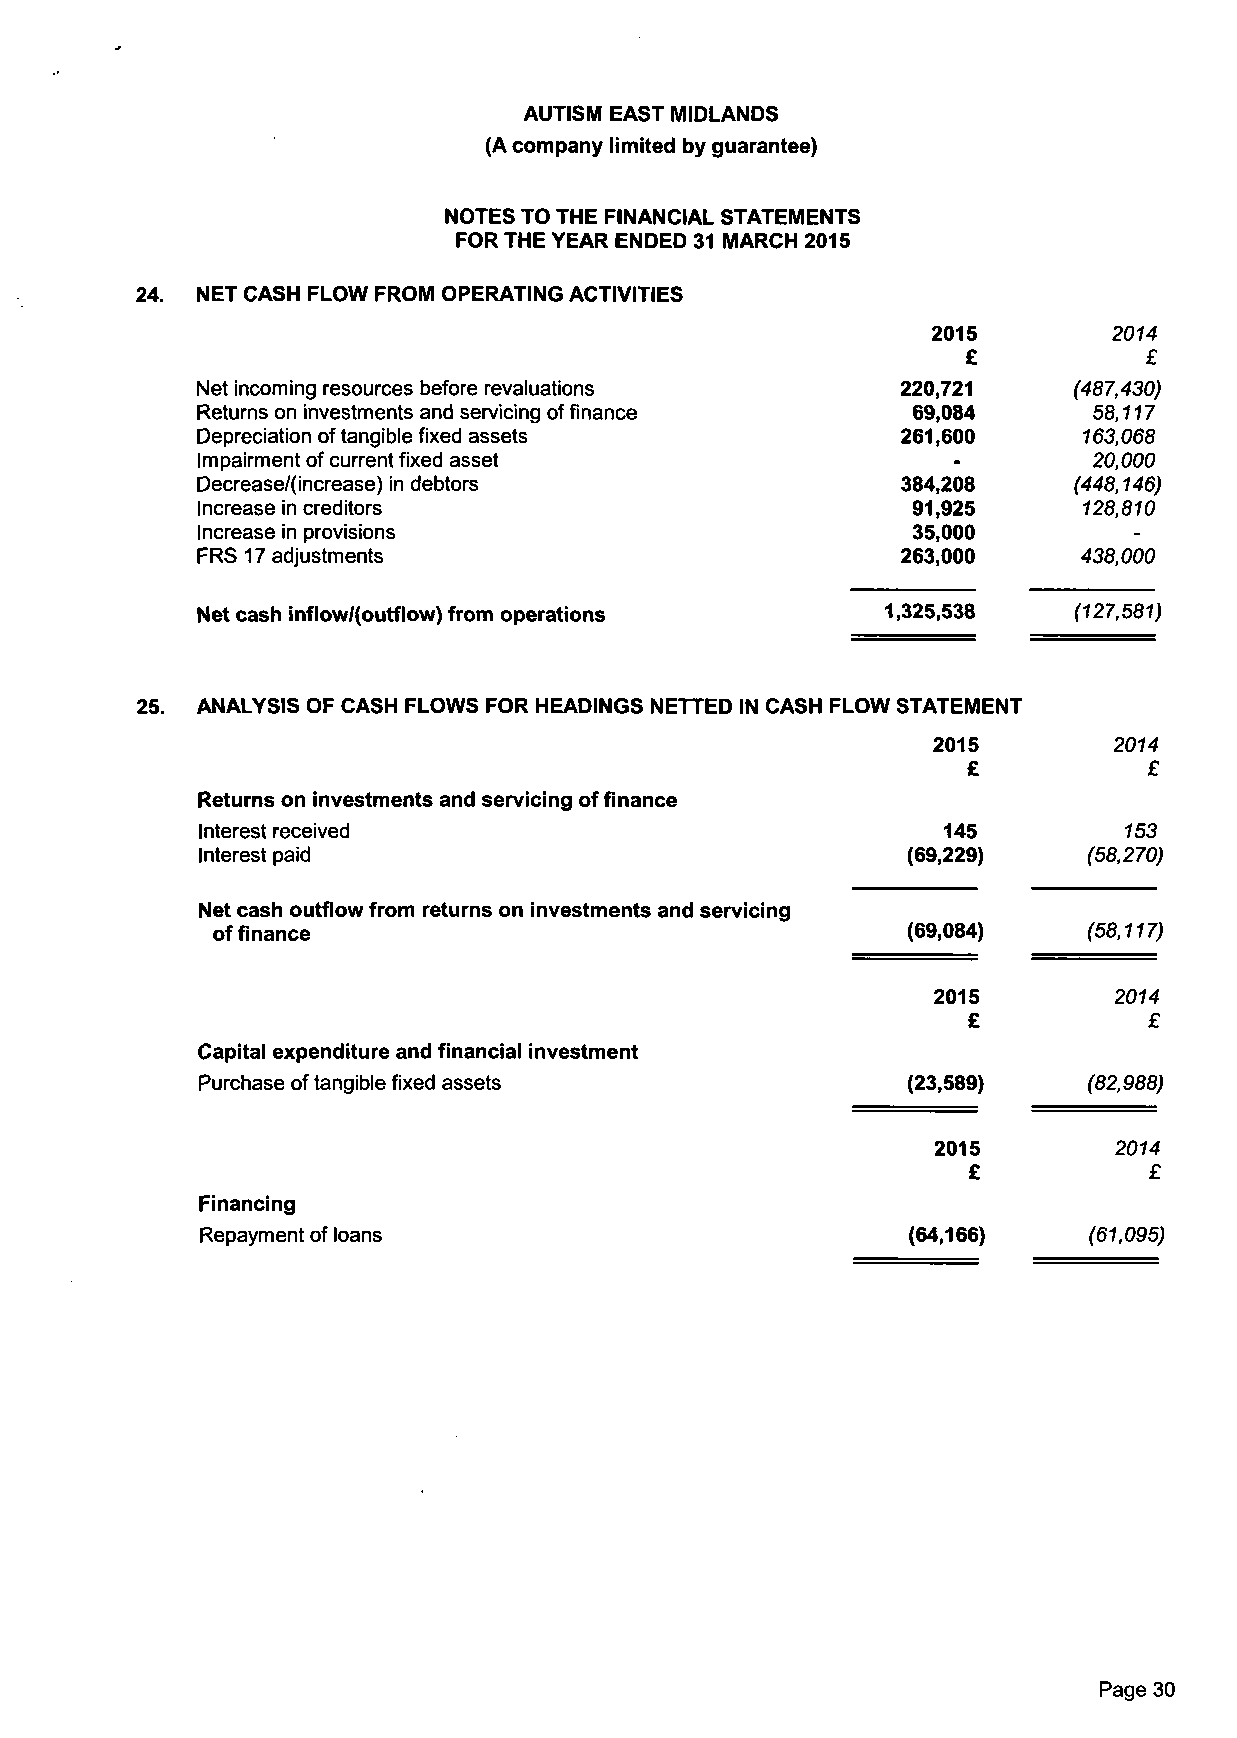
AUTISM EAST MIDLANDS
 (A company limited by guarantee)
 NOTES TO THE FINANCIAL STATEMENTS
 FOR THE YEAR ENDED 31 MARCH 2015
 24. NET CASH FLOW FROM OPERATING ACTIVITIES
 2015        2014
 £           £
 Net incoming resources before revaluations     220,721    (487,430)
 Returns on investments and servicing of finance 69,084     58,117
 Depreciation of tangible fixed assets          261,600     163,068
 Impairment of current fixed asset                 -        20,000
 Decrease/(increase) in debtors                 384,208    (448,146)
 Increase in creditors                          91,925      128,810
 Increase in provisions                         35,000         -
 FRS 17 adjustments                             263,000     438,000
 Net cash inflow/(outflow) from operations     1,325,538   (127,581)
 ANALYSIS OF CASH FLOWS FOR HEADINGS NETTED IN CASH FLOW STATEMENT
 2015        2014
 £           £
 Returns on investments and servicing of finance
 Interest received                                145         153
 Interest paid                                  (69,229)    (58,270)
 Net cash outflow from returns on investments and servicing
 of finance                                    (69,084)    (58,117)
 2015        2014
 £           £
 Capital expenditure and financial investment
 Purchase of tangible fixed assets              (23,589)    (82,988)
 2015        2014
 £           £
 Financing
 Repayment of loans                             (64,166)    (61,095)
 Page 30